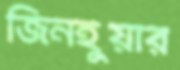
জিনহুয়ার